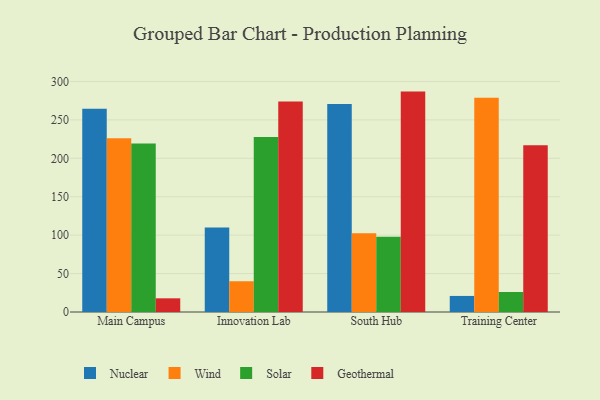
{"axis": {"x": "Campus", "y": "Headcount"}, "legend": ["Geothermal", "Nuclear", "Solar", "Wind"], "data": [{"x": "Main Campus", "y": 264.6, "type": "Nuclear"}, {"x": "Main Campus", "y": 226.2, "type": "Wind"}, {"x": "Main Campus", "y": 219.2, "type": "Solar"}, {"x": "Main Campus", "y": 17.8, "type": "Geothermal"}, {"x": "Innovation Lab", "y": 110.0, "type": "Nuclear"}, {"x": "Innovation Lab", "y": 40.0, "type": "Wind"}, {"x": "Innovation Lab", "y": 227.6, "type": "Solar"}, {"x": "Innovation Lab", "y": 273.9, "type": "Geothermal"}, {"x": "South Hub", "y": 270.8, "type": "Nuclear"}, {"x": "South Hub", "y": 102.4, "type": "Wind"}, {"x": "South Hub", "y": 97.8, "type": "Solar"}, {"x": "South Hub", "y": 286.8, "type": "Geothermal"}, {"x": "Training Center", "y": 20.9, "type": "Nuclear"}, {"x": "Training Center", "y": 278.7, "type": "Wind"}, {"x": "Training Center", "y": 26.0, "type": "Solar"}, {"x": "Training Center", "y": 217.0, "type": "Geothermal"}]}